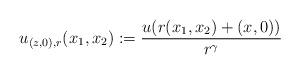
LaTeX: \begin{align*} u_{(z, 0), r}(x_1, x_2) := \frac{u(r(x_1, x_2)+(x, 0))}{r^{\gamma}}\end{align*}